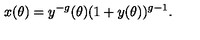
x ( \theta ) = y ^ { - g } ( \theta ) ( 1 + y ( \theta ) ) ^ { g - 1 } .